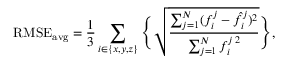
\mathrm { R M S E _ { a v g } } = \frac { 1 } { 3 } \sum _ { i \in \{ x , y , z \} } \Bigg \{ \sqrt { \frac { \sum _ { j = 1 } ^ { N } ( f _ { i } ^ { j } - \hat { f } _ { i } ^ { j } ) ^ { 2 } } { \sum _ { j = 1 } ^ { N } f _ { i } ^ { j \, 2 } } } \Bigg \} ,